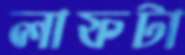
লাফটা